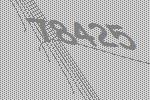
78425